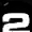
Digit: 2